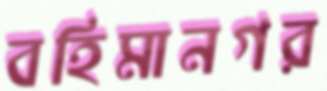
বহিমানগর